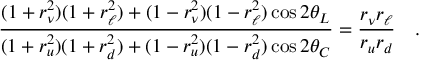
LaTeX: \frac { ( 1 + r _ { \nu } ^ { 2 } ) ( 1 + r _ { \ell } ^ { 2 } ) + ( 1 - r _ { \nu } ^ { 2 } ) ( 1 - r _ { \ell } ^ { 2 } ) \cos 2 \theta _ { L } } { ( 1 + r _ { u } ^ { 2 } ) ( 1 + r _ { d } ^ { 2 } ) + ( 1 - r _ { u } ^ { 2 } ) ( 1 - r _ { d } ^ { 2 } ) \cos 2 \theta _ { C } } = \frac { r _ { \nu } r _ { \ell } } { r _ { u } r _ { d } } \quad .